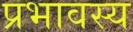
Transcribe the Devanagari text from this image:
प्रभावस्य